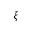
\xi